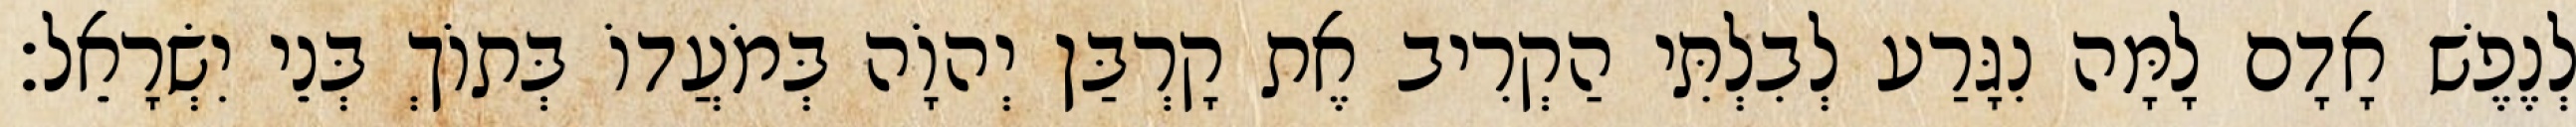
לְנֶפֶשׁ אָדָם לָמָּה נִגָּרַע לְבִלְתִּי הַקְרִיב אֶת קָרְבַּן יְהוָֹה בְּמֹעֲדוֹ בְּתוֹךְ בְּנֵי יִשְׂרָאֵל׃